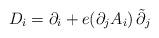
LaTeX: \begin{align*}D_{i} = \partial_{i} + e (\partial_{j}A_{i})\,\tilde{\partial}_{j}\end{align*}